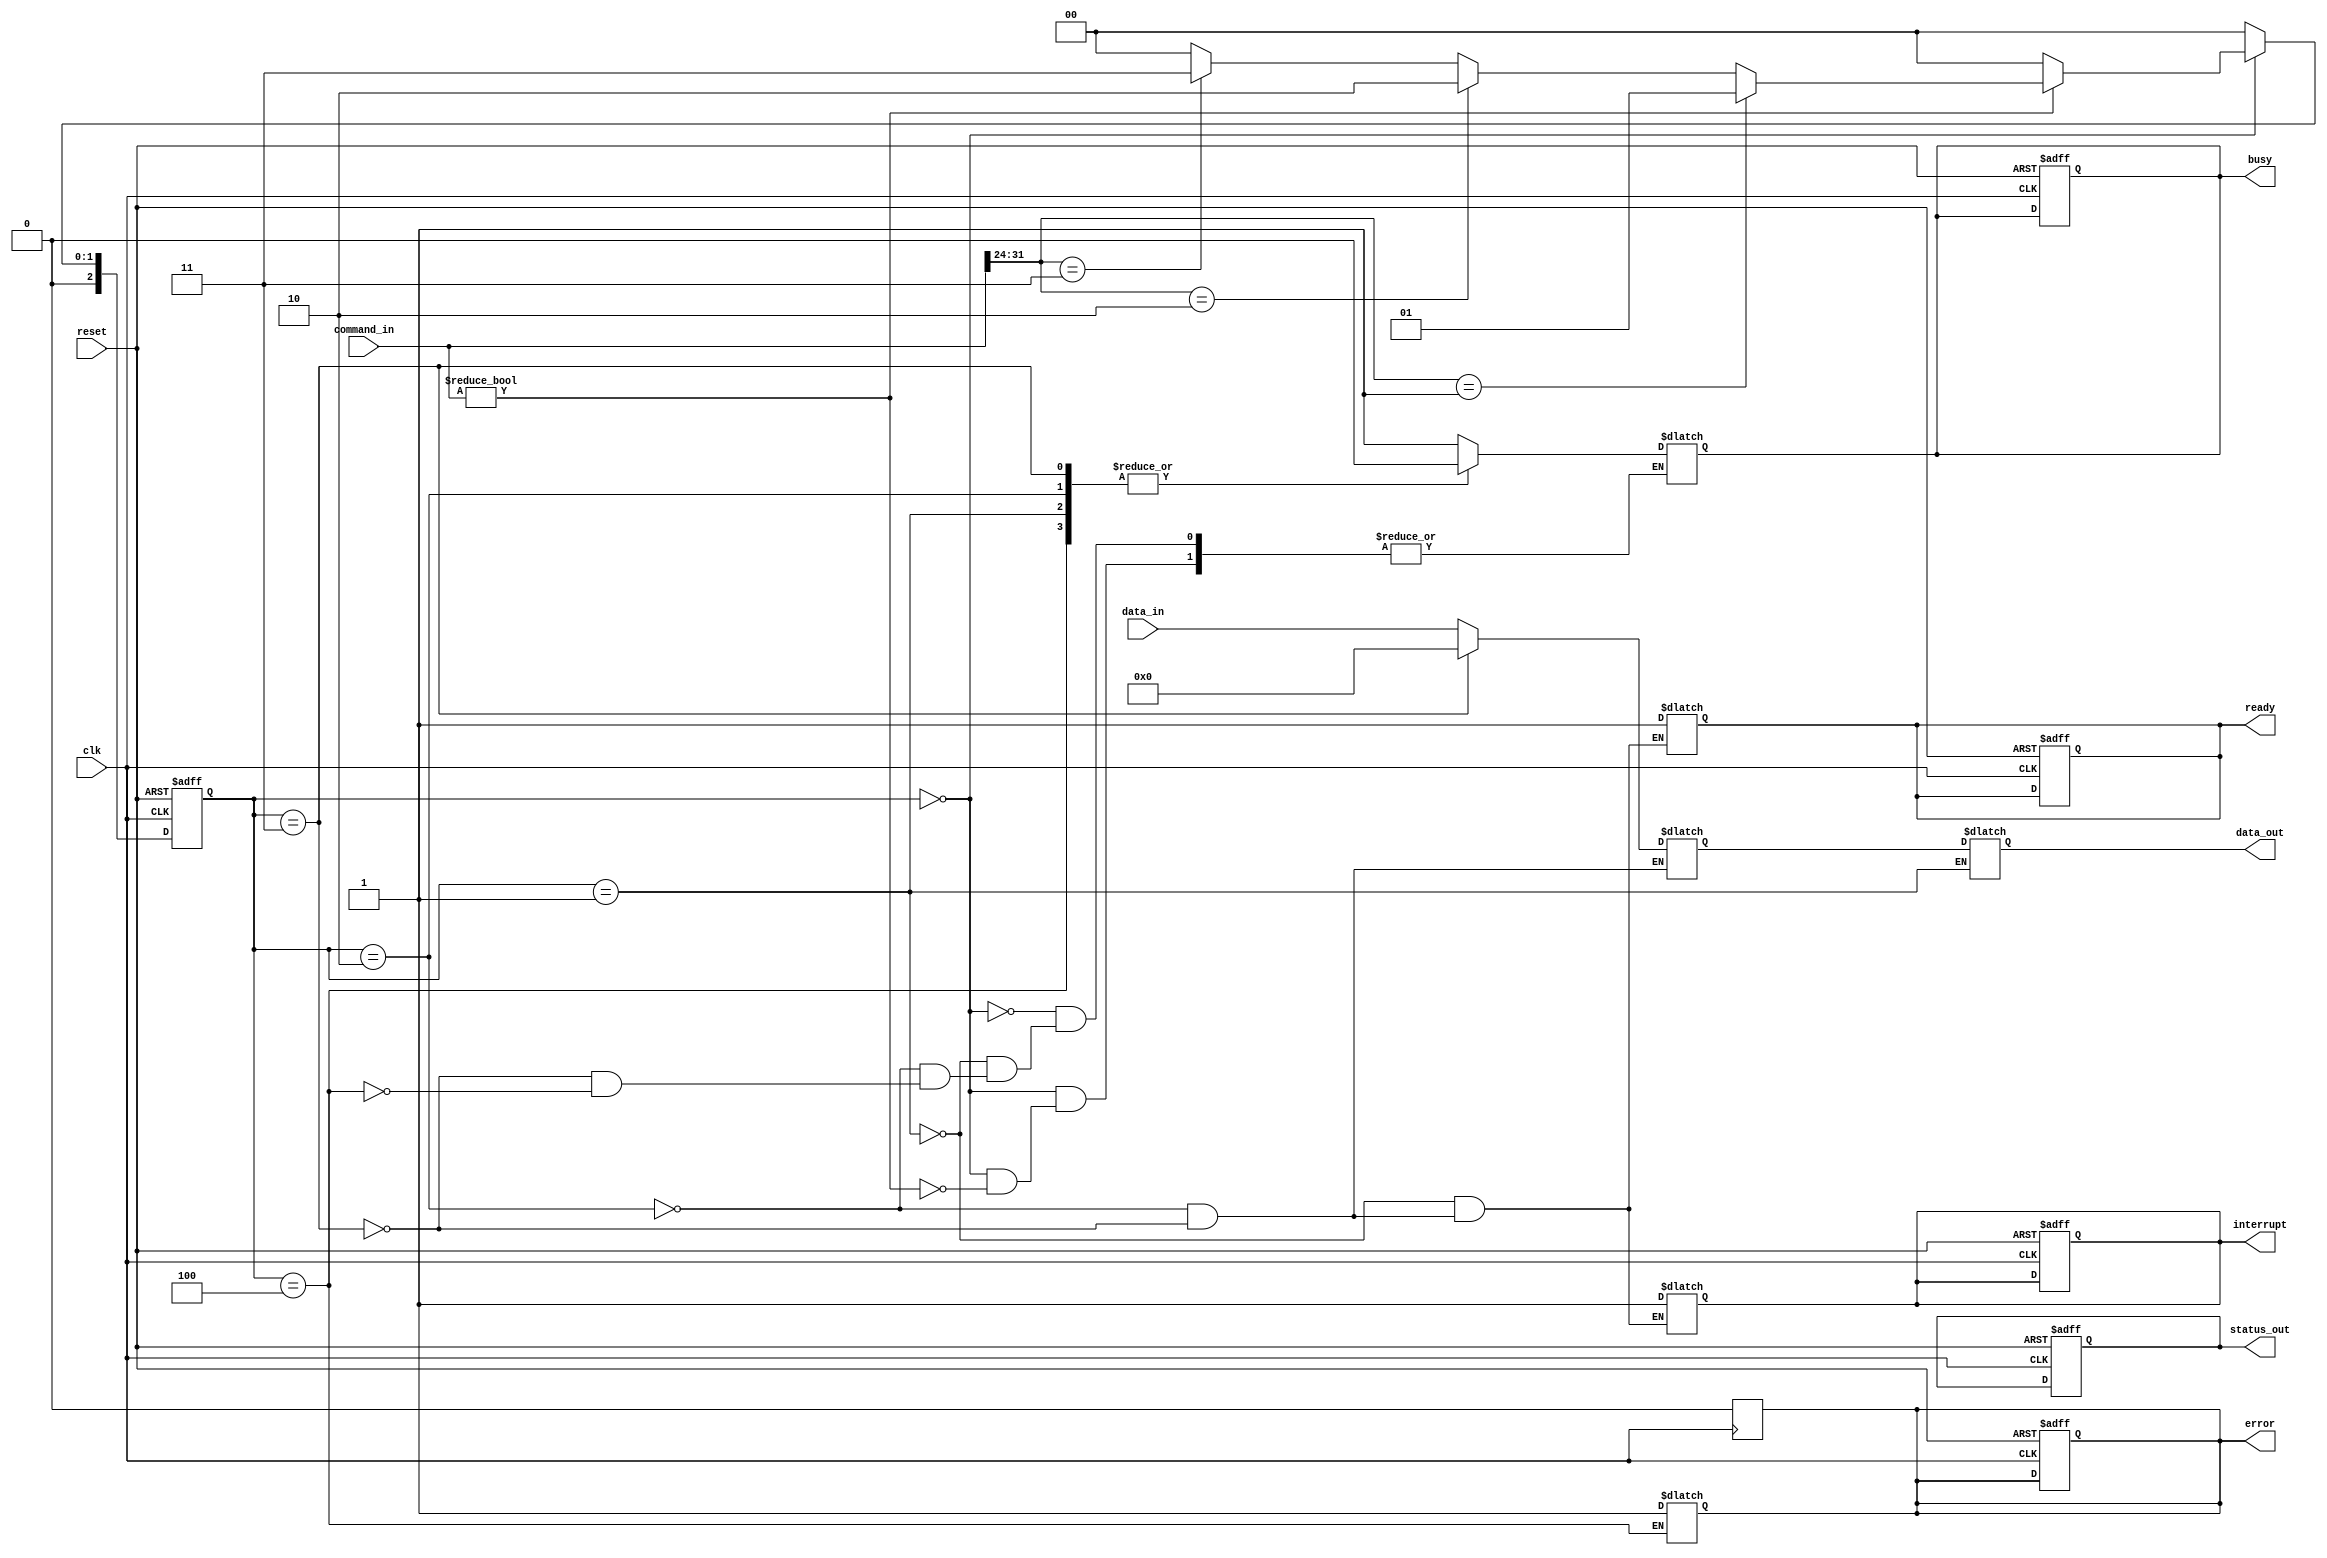
module ufs_io_block (
    input wire clk,
    input wire reset,
    input wire [31:0] command_in,
    input wire [31:0] data_in,
    output reg [31:0] data_out,
    output reg busy,
    output reg ready,
    output reg error,
    output reg interrupt,
    output wire [31:0] status_out
);

// Parameters
parameter IDLE = 3'b000;
parameter READ = 3'b001;
parameter WRITE = 3'b010;
parameter ERASE = 3'b011;
parameter ERROR_STATE = 3'b100;

// Internal signals
reg [2:0] current_state, next_state;
reg [31:0] command_reg;
reg [31:0] data_buffer;
reg [31:0] status_reg;

// FIFO buffer (for simplicity, implemented as a register)
reg [31:0] fifo_buffer;

// State machine
always @(posedge clk or posedge reset) begin
    if (reset) begin
        current_state <= IDLE;
        busy <= 0;
        ready <= 1;
        error <= 0;
        interrupt <= 0;
        status_reg <= 32'h0;
    end else begin
        current_state <= next_state;
    end
end

// Next state logic
always @(*) begin
    case (current_state)
        IDLE: begin
            if (command_in != 32'h0) begin
                command_reg = command_in;
                busy = 1;
                next_state = (command_reg[31:24] == 8'h01) ? READ :
                             (command_reg[31:24] == 8'h02) ? WRITE :
                             (command_reg[31:24] == 8'h03) ? ERASE :
                             IDLE;
            end else begin
                next_state = IDLE;
            end
        end
        READ: begin
            // Simulate read operation
            data_out = fifo_buffer; // Output data from FIFO
            busy = 0;
            ready = 1;
            next_state = IDLE;
            interrupt = 1; // Generate interrupt for read completion
        end
        WRITE: begin
            // Simulate write operation
            fifo_buffer = data_in; // Store data into FIFO
            busy = 0;
            ready = 1;
            next_state = IDLE;
            interrupt = 1; // Generate interrupt for write completion
        end
        ERASE: begin
            // Simulate erase operation
            fifo_buffer = 32'h0; // Clear FIFO
            busy = 0;
            ready = 1;
            next_state = IDLE;
            interrupt = 1; // Generate interrupt for erase completion
        end
        ERROR_STATE: begin
            error = 1; // Set error flag
            busy = 0;
            next_state = IDLE;
        end
        default: next_state = IDLE;
    endcase
end

// Status register output
assign status_out = status_reg;

// Error handling (simplified)
always @(posedge clk) begin
    if (error) begin
        // Handle error (e.g., log, retry, etc.)
        // Reset error condition
        error <= 0;
    end
end

endmodule